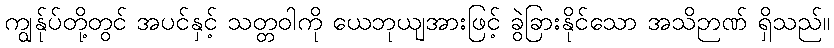
ကျွန်ုပ်တို့တွင် အပင်နှင့် သတ္တဝါကို ယေဘုယျအားဖြင့် ခွဲခြားနိုင်သော အသိဉာဏ် ရှိသည်။